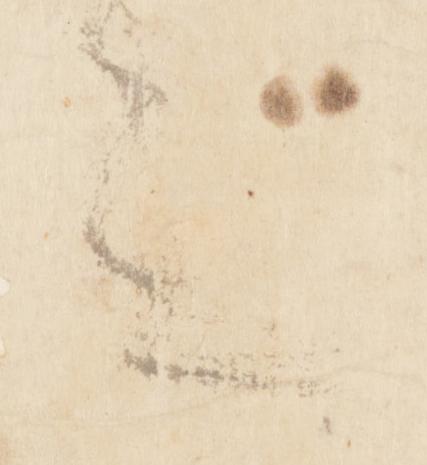
言